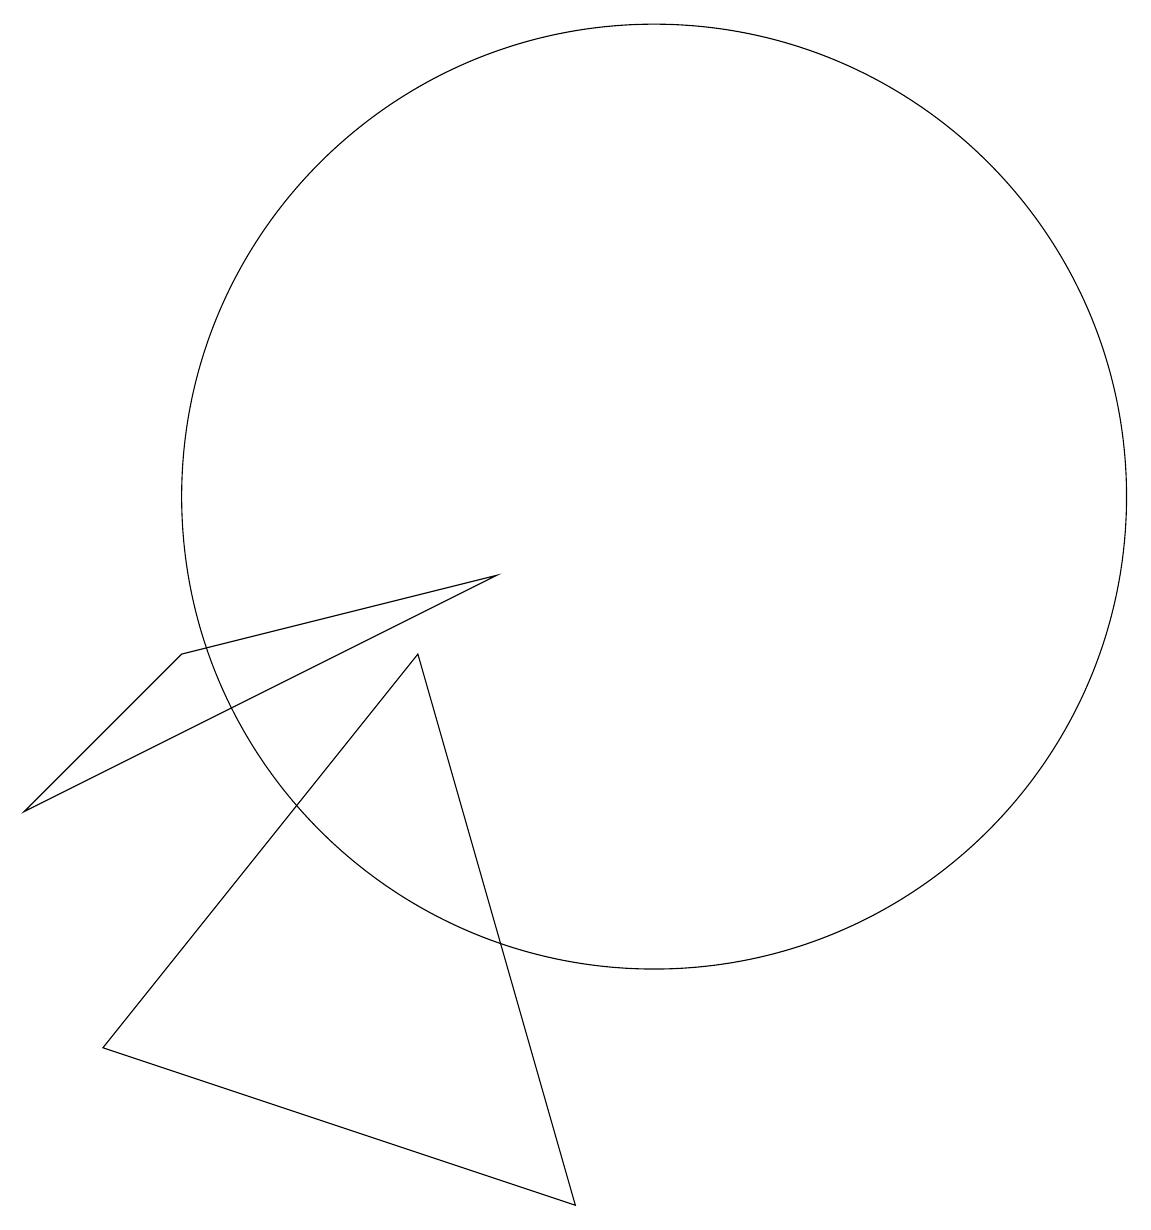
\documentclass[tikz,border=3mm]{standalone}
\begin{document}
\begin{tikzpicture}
\draw (10,10) circle (6);
\draw (8,9) -- (2,6) -- (4,8) -- cycle;
\draw (9,1) -- (3,3) -- (7,8) -- cycle;
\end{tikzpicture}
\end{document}